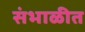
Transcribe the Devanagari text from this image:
संभाळीत